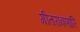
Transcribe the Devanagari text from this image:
गीतरावणारि